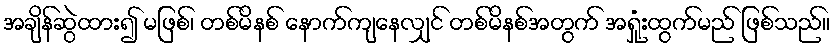
အချိန်ဆွဲထား၍ မဖြစ်၊ တစ်မိနစ် နောက်ကျနေလျှင် တစ်မိနစ်အတွက် အရှုံးထွက်မည် ဖြစ်သည်။